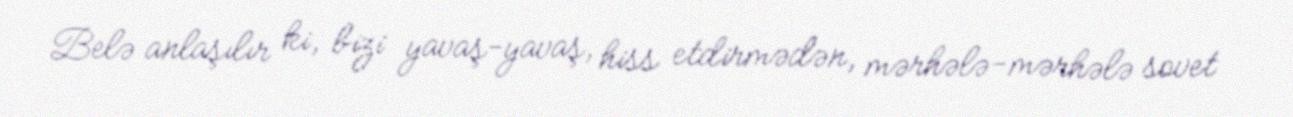
Belə anlaşılır ki, bizi yavaş-yavaş, hiss etdirmədən, mərhələ-mərhələ sovet